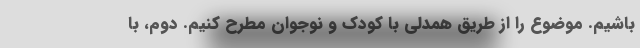
باشیم. موضوع را از طریق همدلی با کودک و نوجوان مطرح کنیم. دوم، با